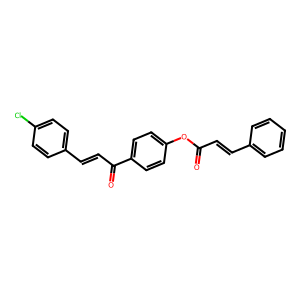
SMILES: O=C(C=Cc1ccccc1)Oc1ccc(C(=O)C=Cc2ccc(Cl)cc2)cc1
Inhibits HIV replication: No